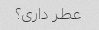
عطر داری؟